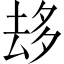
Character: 𠫾